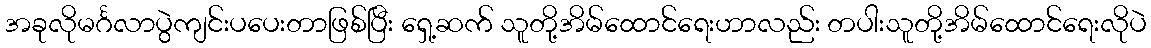
အခုလိုမင်္ဂလာပွဲကျင်းပပေးတာဖြစ်ပြီး ရှေ့ဆက် သူတို့အိမ်ထောင်ရေးဟာလည်း တပါးသူတို့အိမ်ထောင်ရေးလိုပဲ